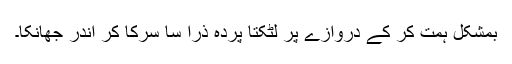
بمشکل ہمت کر کے دروازے پر لٹکتا پردہ ذرا سا سرکا کر اندر جھانکا۔